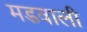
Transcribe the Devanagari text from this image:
मडवाली